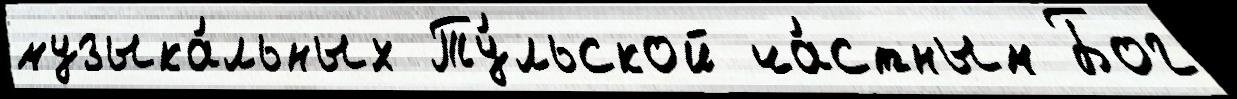
музыка́льных Ту́льской ча́стным Бог